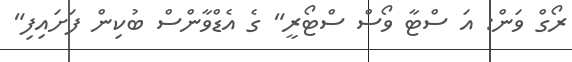
ރޯގް ވަން: އަ ސްޓާ ވޯސް ސްޓޯރީ" ގެ އެޑްވާންސް ބުކިން ފަށައިފި"